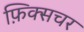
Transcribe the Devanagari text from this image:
फ़िक्सचर